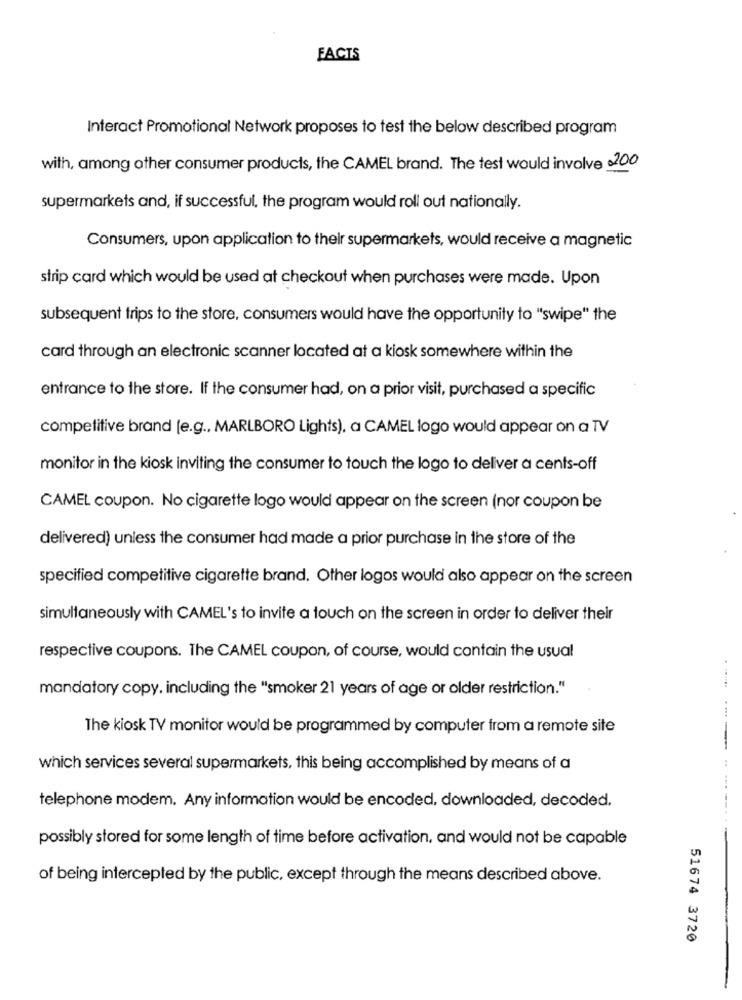
FACTS
Interact Promotional Network proposes to test the below described program
with, among other consumer products, the CAMEL brand. The test would involve 200
supermarkets and, if successful, the program would roll out nationally.
Consumers, upon application to their supermarkets, would receive a magnetic
strip card which would be used at checkout when purchases were made. Upon
subsequent trips to the store, consumers would have the opportunity to "swipe" the
card through an electronic scanner located at a kiosk somewhere within the
entrance to the store. If the consumer had, on a prior visit, purchased a specific
competitive brand (e.g ., MARLBORO Lights), a CAMEL logo would appear on a TV
monitor in the kiosk inviting the consumer to touch the logo to deliver a cents-off
CAMEL coupon. No cigarette logo would appear on the screen (nor coupon be
delivered) unless the consumer had made a prior purchase in the store of the
specified competitive cigarette brand. Other logos would also appear on the screen
simultaneously with CAMEL's to invite a touch on the screen in order to deliver their
respective coupons. The CAMEL coupon, of course, would contain the usual
mandatory copy. including the "smoker 21 years of age or older restriction."
The kiosk TV monitor would be programmed by computer from a remote site
which services several supermarkets, this being accomplished by means of a
telephone modem. Any information would be encoded, downloaded, decoded,
possibly stored for some length of time before activation, and would not be capable
of being intercepted by the public, except through the means described above.
51674 3720